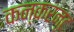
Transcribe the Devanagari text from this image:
कन्करन्ट